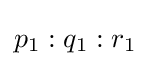
p_{1}:q_{1}:r_{1}